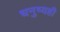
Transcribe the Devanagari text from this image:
धनुष्यही